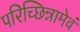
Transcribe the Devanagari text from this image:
परिच्छिन्नामेवं